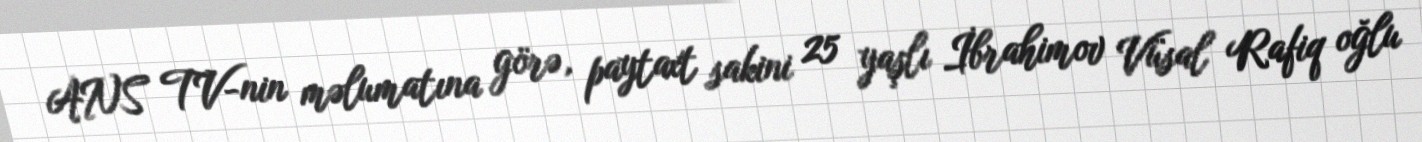
ANS TV-nin məlumatına görə, paytaxt sakini 25 yaşlı İbrahimov Vüsal Rafiq oğlu